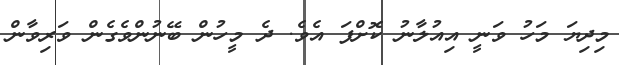
މިދިޔަ މަހު ވަނީ އިއުލާނު ކޮށްފަ އެވެ. ދެ މީހުން ބޭނުންވެގެން ވަރިވާން